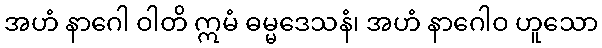
အဟံ နာဂေါ ဝါတိ ဣမံ ဓမ္မဒေသနံ၊ အဟံ နာဂေါဝ ဟူသော